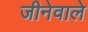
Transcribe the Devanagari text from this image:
जीनेवाले